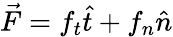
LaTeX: \vec{F}=f_{t}\hat{t}+f_{n}\hat{n}